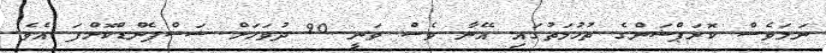
ނަމަވެސް ކޮރަޕްޝަންގެ ތުހުމަތުގައި އޭނާ ވެސް ވަނީ 90 ދުވަހަށް ސަސްޕެންޑްކޮށްފަ އެވެ.